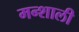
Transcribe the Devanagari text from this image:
मन्शाली